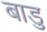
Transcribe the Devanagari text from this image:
बाडु